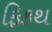
ફિકથ